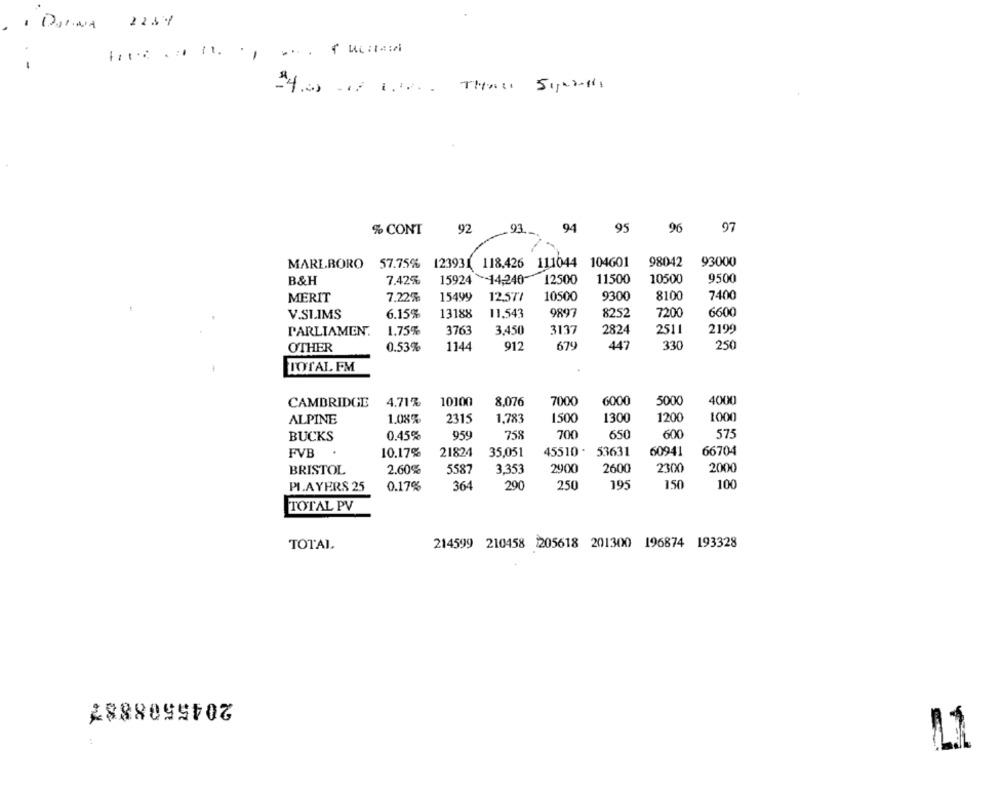
1 DARNA 2239
92
93
94
95
96
97
% CONT
98042
MARLBORO 57.75% 123931 118.426 111044 104601
93000
9500
B&H
7.42%
15924 14,240
12500
11500
10500
MERIT
7.22%
15499
12,577
10500
9300
8100
7400
V.SLIMS
6.15%
13188
11,543
9897
8252
7200
6600
PARLIAMEN.
1.75%
3763
3,450
3137
2824
2511
2199
OTHER
0.53%
1144
912
679
447
330
250
TOTAL FM
CAMBRIDGE
4,71%
10100
8.076
7000
6000
5000
4000
ALPINE
1.08%
2315
1.783
1500
1300
1200
1000
0.45%
959
758
700
650
600
575
BUCKS
45510 .
53631
60941
66704
FVB
.
10.17%
21824
35,051
2900
2600
2300
2000
BRISTOL
2.60%
5587
3,353
PLAYERS 25
0.17%
364
290
250
195
150
100
TOTAL PV
TOTAL
214599 210458 1205618 201300 196874 193328
2045508887